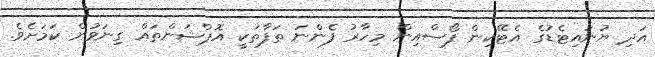
އަދި ޔުނައިޓެޑުގެ އެޓޭކިން ފޯސްއިން މިހާރު ފެންނަ ތަފާތަކީ އޮޕްޝަންތައް ގިނަވުން ކަމަށެވެ.